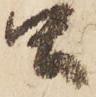
虫